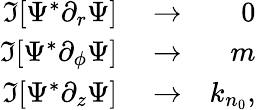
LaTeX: \begin{array}{rlr}{\Im[\Psi^{*}\partial_{r}\Psi]}&{{}\rightarrow}&{0}\\ {\Im[\Psi^{*}\partial_{\phi}\Psi]}&{{}\rightarrow}&{m}\\ {\Im[\Psi^{*}\partial_{z}\Psi]}&{{}\rightarrow}&{k_{n_{0}},}\end{array}